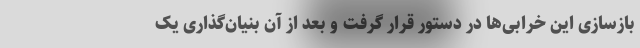
بازسازی این خرابی‌ها در دستور قرار گرفت و بعد از آن بنیان‌گذاری یک